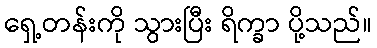
ရှေ့တန်းကို သွားပြီး ရိက္ခာ ပို့သည်။